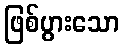
ဖြစ်ပွားသော